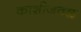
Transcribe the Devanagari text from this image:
काशीजवळ